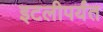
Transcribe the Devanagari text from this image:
इटलीपर्यंत